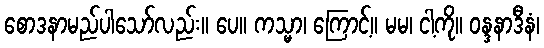
စောဒနာမည်ပါသော်လည်း။ ပေ။ ကသ္မာ၊ ကြောင့်။ မမ၊ ငါ့ကို။ ဝန္ဒနာဒီနံ၊